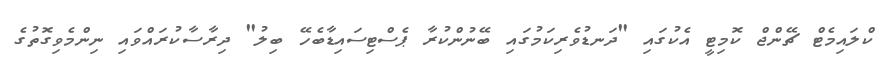
ކްލައިމެޓް ޗޭންޖް ކޮމިޓީ އެކުގައި "ދަނޑުވެރިކަމުގައި ބޭނުންކުރާ ޕެސްޓިސައިޑާބެހޭ ބިލު" ދިރާސާކުރައްވައި ނިންމެވިގޮތުގެ